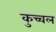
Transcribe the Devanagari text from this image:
कुच्चल